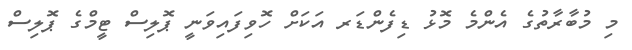
މި މުބާރާތުގެ އެންމެ މޮޅު ޑިފެންޑަރ އަކަށް ހޮވިފައިވަނީ ޕޮލިސް ޓީމްގެ ޕޮލިސް